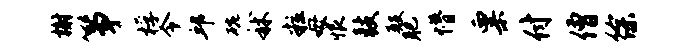
榭筝桴令邱碗秫粒母恨鼓殿肥懵粟付僧徐